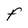
Character: F